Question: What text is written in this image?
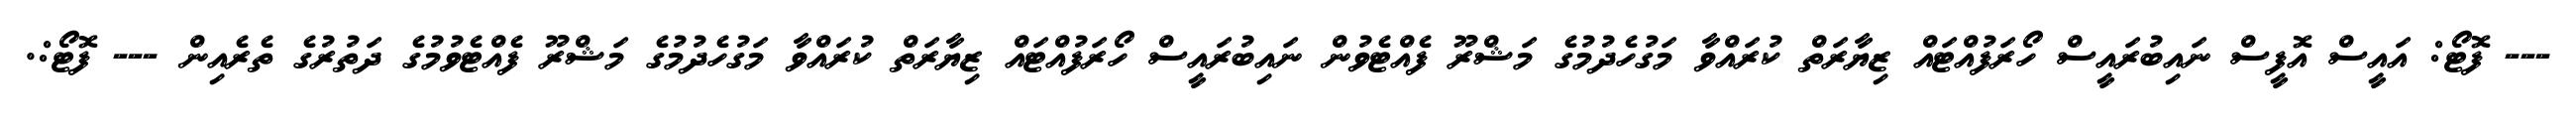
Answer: --- ފޮޓޯ: އައީސް އޮފީސް ނައިބުރައީސް ހޯރަފުއްޓައް ޒިޔާރަތް ކުރައްވާ މަގުހެދުމުގެ މަޝްރޫ ފެއްޓެވުން ނައިބުރައީސް ހޯރަފުއްޓައް ޒިޔާރަތް ކުރައްވާ މަގުހެދުމުގެ މަޝްރޫ ފެއްޓެވުމުގެ ދަތުރުގެ ތެރެއިން --- ފޮޓޯ:.